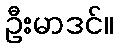
ဦးမာဒင်။